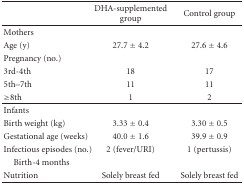
|  | DHA-supplemented group | Control group |
 | --- | --- | --- |
 | Mothers |  |  |
 | Age (y) | 27.7 ± 4.2 | 27.6 ± 4.6 |
 | Pregnancy (no.) |  |  |
 | 3rd-4th | 18 | 17 |
 | 5th–7th | 11 | 11 |
 | ≥8th | 1 | 2 |
 | Infants |  |  |
 | Birth weight (kg) | 3.33 ± 0.4 | 3.30 ± 0.5 |
 | Gestational age (weeks) | 40.0 ± 1.6 | 39.9 ± 0.9 |
 | Infectious episodes (no.) | 2 (fever/URI) | 1 (pertussis) |
 | Birth-4 months |  |  |
 | Nutrition | Solely breast fed | Solely breast fed |